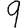
Digit: 9